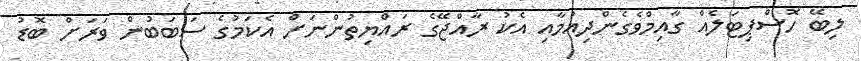
ލިބޭ ހޮސްޕިޓަލެއް ގާއިމްވެގެންދިއުމާއި އެކު ރާއްޖޭގެ ރައްޔިތުންނަށް އެކަމުގެ ސަބަބުން ވަރަށް ބޮޑު